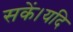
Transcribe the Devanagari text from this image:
सकें।यदि